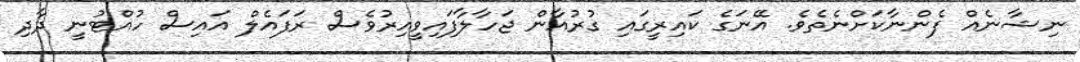
ނިޝާނެއް ފެންނާކަށްނެތެވެ. އޭނަގެ ކައިރީގައި ގުރުއާން ޖަހާލާފައިވީއިރުވެސް ރަފައެލް އައިސް ހުއްޓުނީ ދާދި